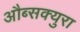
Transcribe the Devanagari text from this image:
औब्सक्युरा